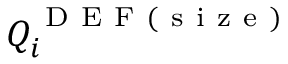
Q _ { i } ^ { \mathrm { ~ D ~ E ~ F ~ ( ~ s ~ i ~ z ~ e ~ ) ~ } }